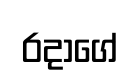
රදාගේ